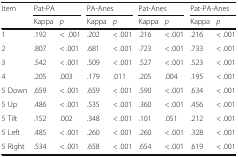
<table><thead><tr><td rowspan="2"><b>Item</b></td><td colspan="2"><b>Pat-PA</b></td><td colspan="2"><b>PA-Anes</b></td><td colspan="2"><b>Pat-Anes</b></td><td colspan="2"><b>Pat-PA-Anes</b></td></tr><tr><td><b>Kappa</b></td><td><b><i>p</i></b></td><td><b>Kappa</b></td><td><b><i>p</i></b></td><td><b>Kappa</b></td><td><b><i>p</i></b></td><td><b>Kappa</b></td><td><b><i>p</i></b></td></tr></thead><tbody><tr><td>1</td><td>.192</td><td>&lt;.001</td><td>.202</td><td>&lt; .001</td><td>.216</td><td>&lt; .001</td><td>.216</td><td>&lt; .001</td></tr><tr><td>2</td><td>.807</td><td>&lt; .001</td><td>.681</td><td>&lt; .001</td><td>.723</td><td>&lt; .001</td><td>.733</td><td>&lt; .001</td></tr><tr><td>3</td><td>.542</td><td>&lt; .001</td><td>.509</td><td>&lt; .001</td><td>.527</td><td>&lt; .001</td><td>.523</td><td>&lt; .001</td></tr><tr><td>4</td><td>.205</td><td>.003</td><td>.179</td><td>.011</td><td>.205</td><td>.004</td><td>.195</td><td>&lt; .001</td></tr><tr><td>5 Down</td><td>.659</td><td>&lt; .001</td><td>.659</td><td>&lt; .001</td><td>.590</td><td>&lt; .001</td><td>.634</td><td>&lt; .001</td></tr><tr><td>5 Up</td><td>.486</td><td>&lt; .001</td><td>.535</td><td>&lt; .001</td><td>.360</td><td>&lt; .001</td><td>.456</td><td>&lt; .001</td></tr><tr><td>5 Tilt</td><td>.152</td><td>.002</td><td>.348</td><td>&lt; .001</td><td>.101</td><td>.051</td><td>.212</td><td>&lt; .001</td></tr><tr><td>5 Left</td><td>.485</td><td>&lt; .001</td><td>.260</td><td>&lt; .001</td><td>.260</td><td>&lt; .001</td><td>.328</td><td>&lt; .001</td></tr><tr><td>5 Right</td><td>.534</td><td>&lt; .001</td><td>.658</td><td>&lt; .001</td><td>.654</td><td>&lt; .001</td><td>.619</td><td>&lt; .001</td></tr></tbody></table>